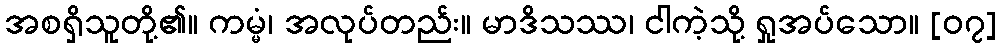
အစရှိသူတို့၏။ ကမ္မံ၊ အလုပ်တည်း။ မာဒိသဿ၊ ငါကဲ့သို့ ရှုအပ်သော။ [၀၇]